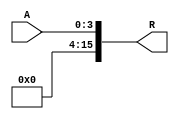
module ZeroExtend_4bto16b(
    input [3:0] A,
    output reg[15:0] R
    );
always@(*) begin
	R <= {12'b000000000000, A}; 
	end 

endmodule